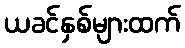
ယခင်နှစ်များထက်